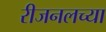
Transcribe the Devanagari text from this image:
रीजनलच्या